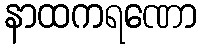
နာထကရဏော